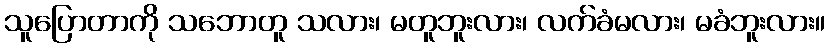
သူပြောတာကို သဘောတူ သလား၊ မတူဘူးလား၊ လက်ခံမလား၊ မခံဘူးလား။